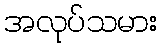
အလုပ်သမား